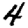
Digit: 4